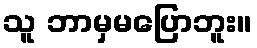
သူ ဘာမှမပြောဘူး။